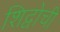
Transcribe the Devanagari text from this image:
शिद्वोची